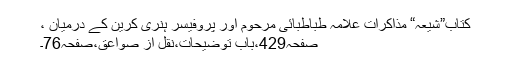
کتاب”شیعہ“ مذاکراتِ علامہ طباطبائی مرحوم اور پروفیسر ہنری کرین کے درمیان ،
صفحہ429،بابِ توضیحات،نقل از صواعق،صفحہ76۔